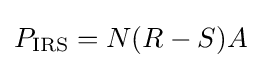
P_{\text{IRS}}=N(R-S)A